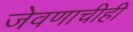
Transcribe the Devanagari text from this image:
जेवणाचीही